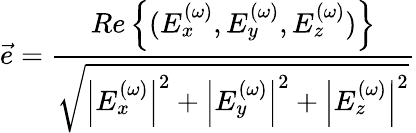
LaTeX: \vec{e}=\frac{{Re\left\{ (E_{x}^{(\omega)},E_{y}^{(\omega)},E_{z}^{(\omega)})\right\} }}{\sqrt{{\left|E_{x}^{(\omega)}\right|^{2}}+{\left|E_{y}^{(\omega)}\right|^{2}}+{\left|E_{z}^{(\omega)}\right|^{2}}}}